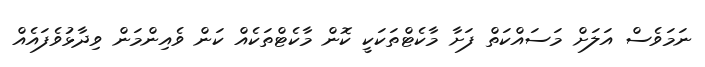
ނަމަވެސް އަލަށް މަސައްކަތް ފަށާ މާކެޓްތަކަކީ ކޮން މާކެޓްތަކެއް ކަން ވެއިންމަން ވިދާޅުވެފައެއް